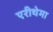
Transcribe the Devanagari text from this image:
एरीथेमा